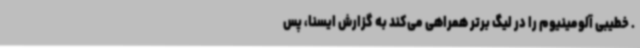
. خطیبی آلومینیوم را در لیگ برتر همراهی می‌کند به گزارش ایسنا، پس